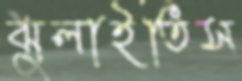
ঝুলাইতিস